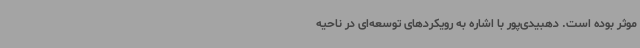
موثر بوده است. دهبیدی‌پور با اشاره به رویکردهای توسعه‌ای در ناحیه